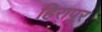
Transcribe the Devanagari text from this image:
हिरापूर